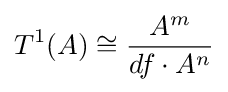
T^{1}(A)\cong {\frac {A^{m}}{df\cdot A^{n}}}